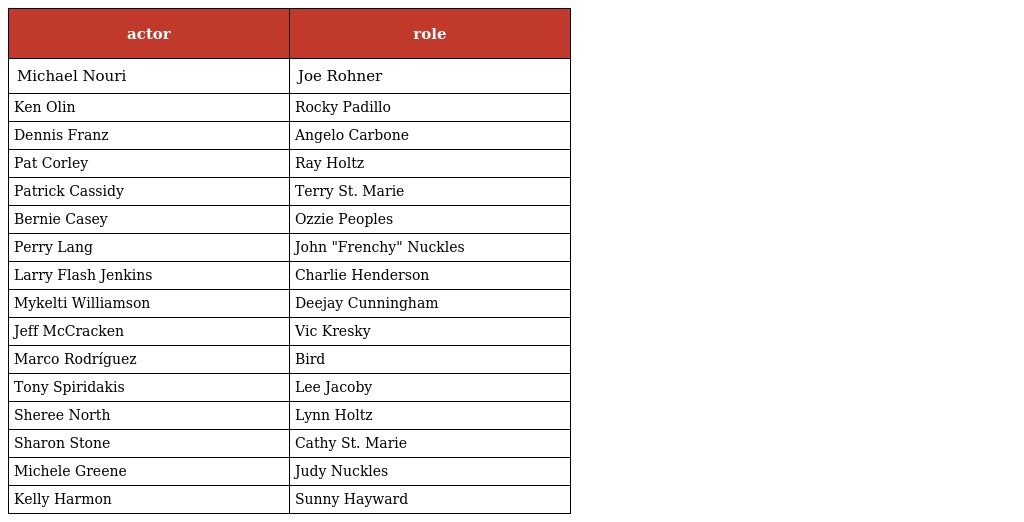
| actor | role |
 | --- | --- |
 | Michael Nouri | Joe Rohner |
 | Ken Olin | Rocky Padillo |
 | Dennis Franz | Angelo Carbone |
 | Pat Corley | Ray Holtz |
 | Patrick Cassidy | Terry St. Marie |
 | Bernie Casey | Ozzie Peoples |
 | Perry Lang | John "Frenchy" Nuckles |
 | Larry Flash Jenkins | Charlie Henderson |
 | Mykelti Williamson | Deejay Cunningham |
 | Jeff McCracken | Vic Kresky |
 | Marco Rodríguez | Bird |
 | Tony Spiridakis | Lee Jacoby |
 | Sheree North | Lynn Holtz |
 | Sharon Stone | Cathy St. Marie |
 | Michele Greene | Judy Nuckles |
 | Kelly Harmon | Sunny Hayward |